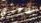
تقاعدي